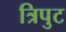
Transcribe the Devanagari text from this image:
त्रिपुट